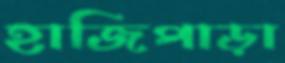
হাজিপাড়া